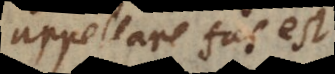
appellare fas est